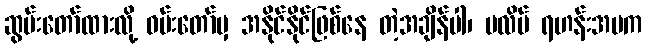
ဆွမ်းတော်ထားလို့ ဝမ်းတော်မှ အနိုင်နိုင်ဖြစ်နေ တဲ့အချိန်ပါ၊ ပလိပ် ရဟန်းအမက